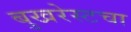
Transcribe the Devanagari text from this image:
बुखरेस्टचा